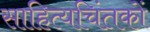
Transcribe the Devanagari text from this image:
साहित्यचिंतकों